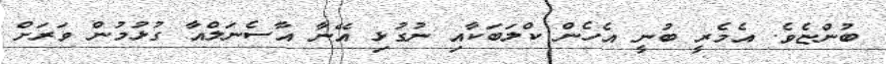
ބުންޏެވެ. އެމެރީ ބުނީ އެހެން ކްލަބަކާއި ނުގުޅި އޭނާ އާސެނަލްއާ ގުޅުމުން ވަރަށް